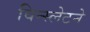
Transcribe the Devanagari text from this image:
विन्स्लेटने